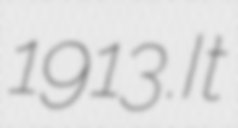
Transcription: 1913.It